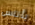
بأناس